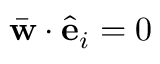
\bar { \bf w } \cdot \hat { \bf e } _ { i } = 0